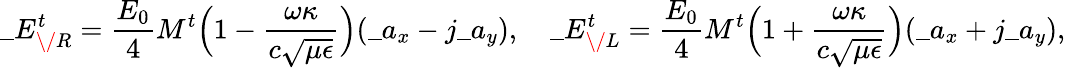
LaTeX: \_ E_{\/ R}^{t}={\frac{E_{0}}{4}}M^{t}\Big(1-{\frac{\omega\kappa}{c\sqrt{\mu\epsilon}}}\Big)(\_ a_{x}-j\_ a_{y}),\quad\_ E_{\/ L}^{t}={\frac{E_{0}}{4}}M^{t}\Big(1+{\frac{\omega\kappa}{c\sqrt{\mu\epsilon}}}\Big)(\_ a_{x}+j\_ a_{y}),